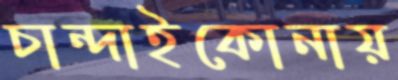
চান্দাইকোনায়